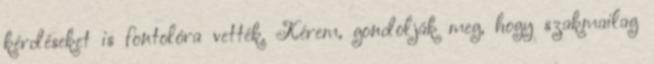
kérdéseket is fontolóra vették. Kérem, gondolják meg, hogy szakmailag